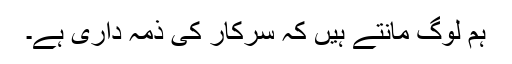
ہم لوگ مانتے ہیں کہ سرکار کی ذمہ داری ہے۔